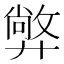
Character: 㢢